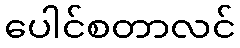
ပေါင်စတာလင်